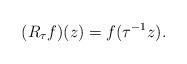
LaTeX: \begin{align*}(R_\tau f)(z) = f(\tau^{-1}z).\end{align*}